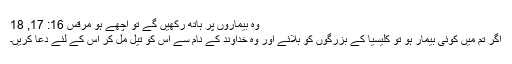
وہ بِیماروں پر ہاتھ رکھّیں گے تو اچھّے ہو مرقس 16: 17, 18
اگر تُم میں کوئی بِیمار ہو تو کلِیسیا کے بُزُرگوں کو بُلائے اور وہ خُداوند کے نام سے اُس کو تیل مل کر اُس کے لِئے دُعا کریں۔